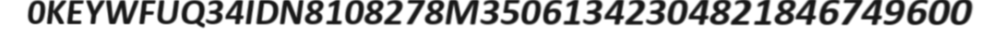
0KEYWFUQ34IDN8108278M35061342304821846749600